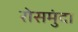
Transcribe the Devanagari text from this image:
रोसमुंदा